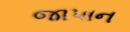
જાપાન